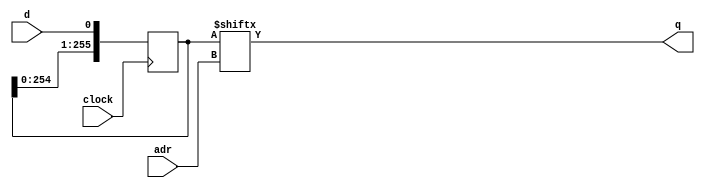
`timescale 1ns / 1ps
//-----------------------------------------------------------------------------------------------------------------------
//
//  Variable depth, single bit SRL16E-based parallel shifter
//
//  06/25/10 Initial
//  09/16/10 Port to ise 12
//  10/05/10 Check non-blocking operator, add reg init
//-----------------------------------------------------------------------------------------------------------------------
  module srl16e_bit(clock,adr,d,q);

//-------------------------------------------------------------------------------------------------------------------
// Generics caller may override
//-------------------------------------------------------------------------------------------------------------------
  parameter ADR_WIDTH = 8;    // Addess width
  parameter SRL_DEPTH = 256;    // Shift register stages may be less than 2**ADR_WIDTH

  initial  $display("srl16e_bit: ADR_WIDTH=%d",ADR_WIDTH);
  initial  $display("srl16e_bit: SRL_DEPTH=%d",SRL_DEPTH);

//-------------------------------------------------------------------------------------------------------------------
// Ports
//-------------------------------------------------------------------------------------------------------------------
  input          clock;
  input  [ADR_WIDTH-1:0]  adr;
  input          d;
  output          q;

// Shift d left by adr places
  reg [SRL_DEPTH-1:0] srl=0;

  always @(posedge clock) begin
  srl <= {srl[SRL_DEPTH-2:0], d};
  end

  assign q = srl[adr];
  
//-----------------------------------------------------------------------------------------------------------------------
  endmodule
//-----------------------------------------------------------------------------------------------------------------------